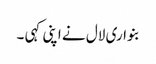
بنواری لال نے اپنی کہی ۔